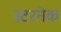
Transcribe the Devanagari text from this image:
स्टरनेक